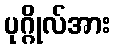
ပုဂ္ဂိုလ်အား